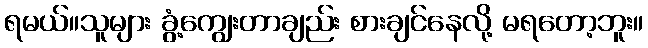
ရမယ်။သူများ ခွံ့ကျွေးတာချည်း စားချင်နေလို့ မရတော့ဘူး။